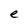
Character: e